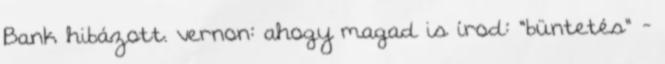
Bank hibázott. vernon: ahogy magad is írod: "büntetés" -